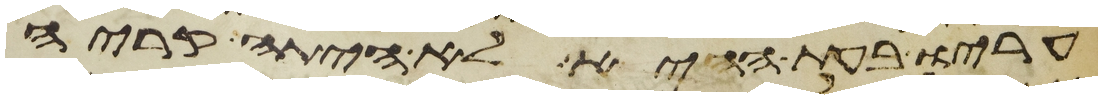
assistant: עריו בעת ההיא לא היתה קריה